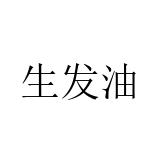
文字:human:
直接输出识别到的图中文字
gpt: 生发油